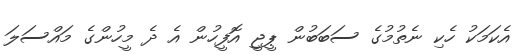
އެކަމަކު ހެކި ނެތުމުގެ ސަބަބުން ޕީޖީ އޮފީހުން އެ ދެ މީހުންގެ މައްސަލަ